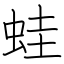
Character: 蛙